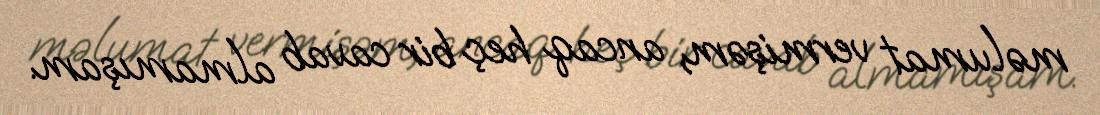
məlumat vermişəm, ancaq heç bir cavab almamışam.